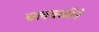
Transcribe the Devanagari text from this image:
चलवळीने